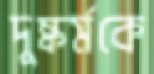
দুষ্কর্মকে